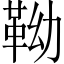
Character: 靿